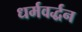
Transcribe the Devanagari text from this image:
धर्मवर्द्धन